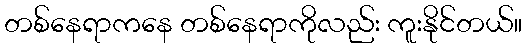
တစ်နေရာကနေ တစ်နေရာကိုလည်း ကူးနိုင်တယ်။